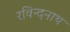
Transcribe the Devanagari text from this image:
रविन्दनाथ